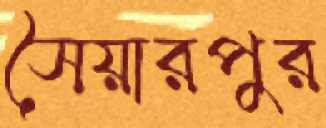
সৈয়ারপুর